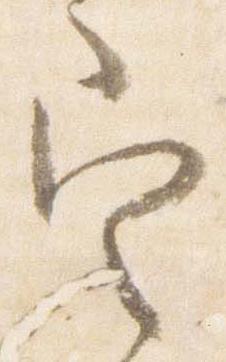
定